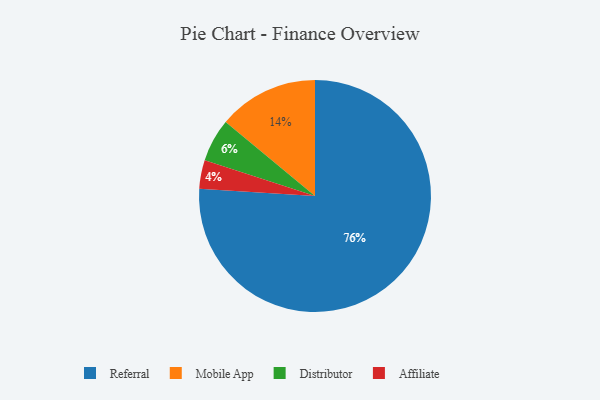
{"axis": {"x": "Category", "y": "Percentage"}, "legend": ["Affiliate", "Distributor", "Mobile App", "Referral"], "data": [{"x": "Distributor", "y": 6, "type": "Distributor"}, {"x": "Affiliate", "y": 4, "type": "Affiliate"}, {"x": "Mobile App", "y": 14, "type": "Mobile App"}, {"x": "Referral", "y": 76, "type": "Referral"}]}